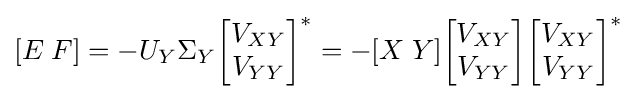
[E\;F]=-U_{Y}\Sigma _{Y}{\begin{bmatrix}V_{XY}\\V_{YY}\end{bmatrix}}^{*}=-[X\;Y]{\begin{bmatrix}V_{XY}\\V_{YY}\end{bmatrix}}{\begin{bmatrix}V_{XY}\\V_{YY}\end{bmatrix}}^{*}